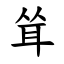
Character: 耸